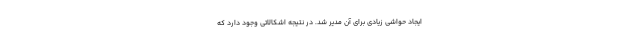
ایجاد حواشی زیادی برای آن مدیر شد. در نتیجه اشکالاتی وجود دارد که